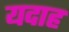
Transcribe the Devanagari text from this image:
यदाह